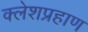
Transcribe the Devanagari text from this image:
क्लेशप्रहाण